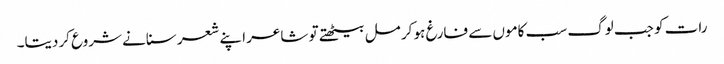
رات کو جب لوگ سب کاموں سے فارغ ہو کر مل بیٹھتے تو شاعر اپنے شعر سنانے شروع کردیتا۔